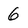
Character: 6